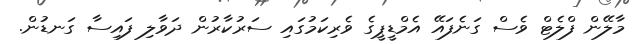
މާލޭން ފްލެޓް ވެސް ގަނެފައޭ އެމްޑީޕީގެ ވެރިކަމުގައި ސަރުކާރުން ދަވާލި ފައިސާ ގަނޑުން.